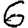
Digit: 6